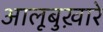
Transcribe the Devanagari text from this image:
आलूबुख़ारे